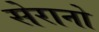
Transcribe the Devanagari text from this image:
सेरानो